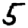
Digit: 5